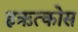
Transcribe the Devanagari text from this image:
ह्ऋत्कोस